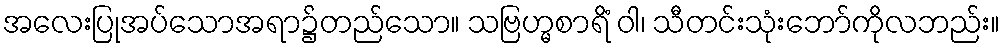
အလေးပြုအပ်သောအရာ၌တည်သော။ သဗြဟ္မစာရိံ ဝါ၊ သီတင်းသုံးဘော်ကိုလဘည်း။